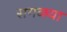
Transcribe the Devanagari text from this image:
सगळया